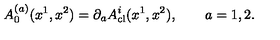
A _ { 0 } ^ { ( a ) } ( x ^ { 1 } , x ^ { 2 } ) = \partial _ { a } A _ { \mathrm { c l } } ^ { i } ( x ^ { 1 } , x ^ { 2 } ) , \qquad a = 1 , 2 .